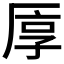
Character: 𠩭